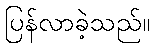
ပြန်လာခဲ့သည်။